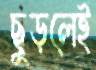
ছুড়লেই